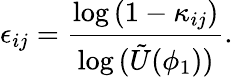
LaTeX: {\epsilon_{ij}}=\frac{\log{(1-\kappa_{ij})}}{\log{(\tilde{U}(\phi_{1}))}}.